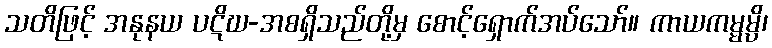
သတိဖြင့် အနုနယ ပဋိဃ-အစရှိသည်တို့မှ စောင့်ရှောက်အပ်သော်။ ကာယကမ္မမ္ပိ၊